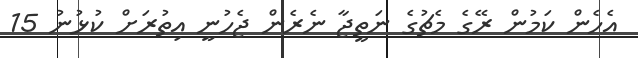
އެހެން ކަމުން ރޭގެ މެޗުގެ ނަތީޖާ ނެރެން ޖެހުނީ އިތުރަށް ކުޅުނު 15